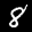
Label: 8